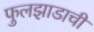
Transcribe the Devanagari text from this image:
फुलझाडाची